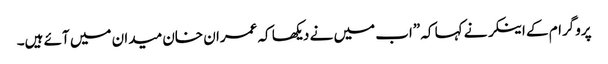
پروگرام کے اینکر نے کہا کہ ”اب میں نے دیکھا کہ عمران خان میدان میں آئے ہیں۔